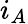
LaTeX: i_{A}